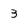
Character: 3